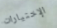
الإختيارات